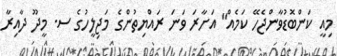
މިއީ ކަންބޮޑުވާންޖެހޭ ކަމެއް" އަށާރަ ވަނަ ރައްޔިތުންގެ މަޖިލީހުގެ ސ. މީދޫ ދާއިރާ